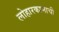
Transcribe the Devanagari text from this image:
लोहारकामाची